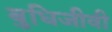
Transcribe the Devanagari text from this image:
बुधिजीवी